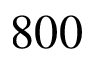
8 0 0